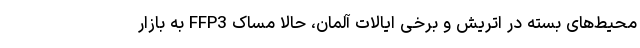
محیط‌های بسته در اتریش و برخی ایالات آلمان، حالا مساک FFP3 به بازار